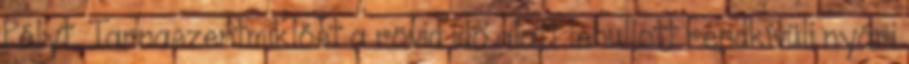
Pélyt, Tarnaszentmiklóst a rövid idõ alatt lehullott rendkívüli nyári